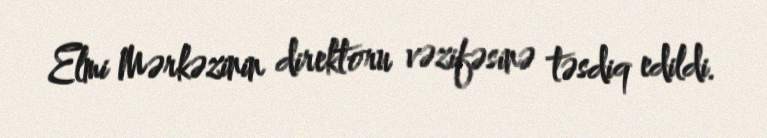
Elmi Mərkəzinin direktoru vəzifəsinə təsdiq edildi.